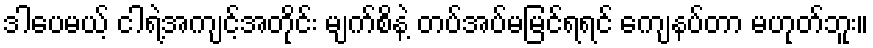
ဒါပေမယ့် ငါရဲ့အကျင့်အတိုင်း မျက်စိနဲ့ တပ်အပ်မမြင်ရရင် ကျေနပ်တာ မဟုတ်ဘူး။